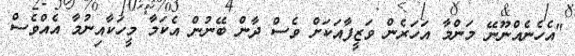
"އެހެނެއްނޫނޭ މަންމާ އަހަރެން ވަޒީފާއަކަށް ވެސް ދާން ބޭނުން އެކަމާ މީހަކާއިނުމާ އެއްވެސް